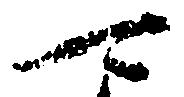
可